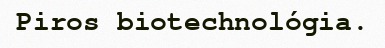
Piros biotechnológia.